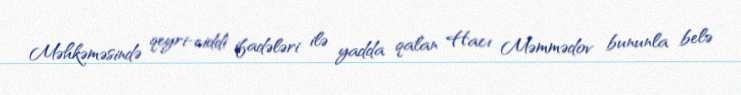
Məhkəməsində qeyri-ciddi ifadələri ilə yadda qalan Hacı Məmmədov bununla belə